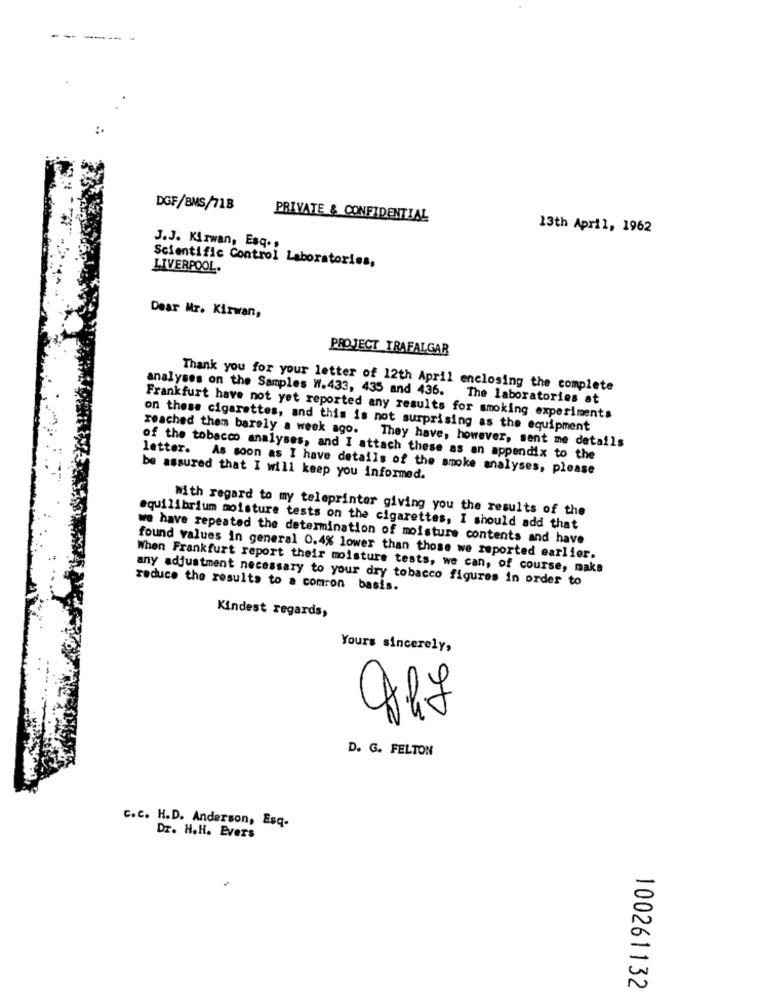
DGF/BMS/718
PRIVATE & CONFIDENTIAL
13th April, 1962
J.J. KAzwan, Esq .,
Scientific Control Laboratories,
LIVERPOOL.
Dear Mr. Kirwan,
PROJECT TRAFALGAR
Thank you for your letter of 12th April enclosing the complete
analyses on the Samples W.433, 435 and 436. The laboratories at
Frankfurt have not yet reported any results for smoking experiments
on these cigarettes, and this is not surprising as the equipment
reached them barely a week ago. They have, however, sent me details
of the tobacco analyses, and I attach these as an appendix to the
letter. As soon as I have details of the smoke analyses, please
be assured that I will keep you informed.
with regard to my teleprinter giving you the results of the
equilibrium moisture tests on the cigarettes, I should add that
we have repeated the determination of moisture contents and have
found values in general 0.4% lower than those we reported earlier.
When Frankfurt report their moisture tests, we can, of course, make
any adjustment necessary to your dry tobacco figures in order to
reduce the results to a comron basis.
Kindest regards,
Yours sincerely,
46
D. G. FELTON
c.c. H.D. Anderson, Esq.
Dr. H.H. Evers
100261132